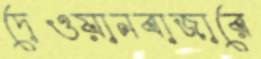
দেওয়ানবাজারে